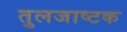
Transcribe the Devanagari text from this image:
तुलजाष्टक